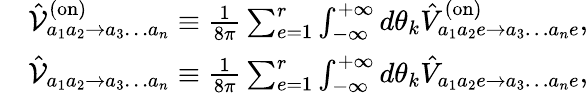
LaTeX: \begin{array}{rl}&{\hat{\mathcal{V}}_{a_{1}a_{2}\to a_{3}\dots a_{n}}^{(\mathrm{on})}\equiv\frac{1}{8\pi}\sum_{e=1}^{r}\int_{-\infty}^{+\infty}d\theta_{k}\hat{V}_{a_{1}a_{2}e\to a_{3}\dots a_{n}e}^{(\mathrm{on})},}\\ &{\hat{\mathcal{V}}_{a_{1}a_{2}\to a_{3}\dots a_{n}}\equiv\frac{1}{8\pi}\sum_{e=1}^{r}\int_{-\infty}^{+\infty}d\theta_{k}\hat{V}_{a_{1}a_{2}e\to a_{3}\dots a_{n}e},}\end{array}